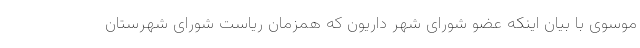
موسوی با بیان اینکه عضو شورای شهر داریون که همزمان ریاست شورای شهرستان